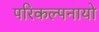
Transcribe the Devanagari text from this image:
परिकल्पनायो